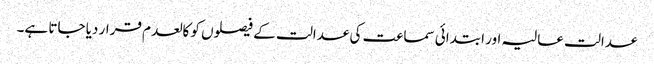
عدالت عالیہ اور ابتدائی سماعت کی عدالت کے فیصلوں کو کالعدم قرار دیا جاتا ہے۔